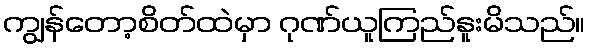
ကျွန်တော့စိတ်ထဲမှာ ဂုဏ်ယူကြည်နူးမိသည်။